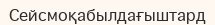
Сейсмоқабылдағыштард